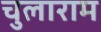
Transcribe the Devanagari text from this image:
चुलाराम